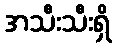
အသီးသီးရှိ